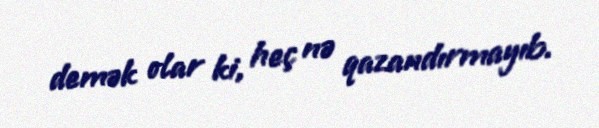
demək olar ki, heç nə qazandırmayıb.